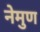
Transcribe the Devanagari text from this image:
नेमुण